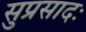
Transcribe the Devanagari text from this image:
सुप्रसादः